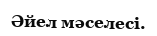
Әйел мәселесі.